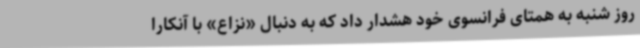
روز شنبه به همتای فرانسوی خود هشدار داد که به دنبال «نزاع» با آنکارا